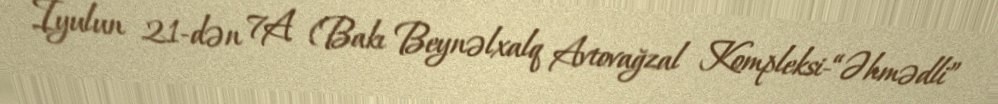
İyulun 21-dən 7A (Bakı Beynəlxalq Avtovağzal Kompleksi-“Əhmədli”